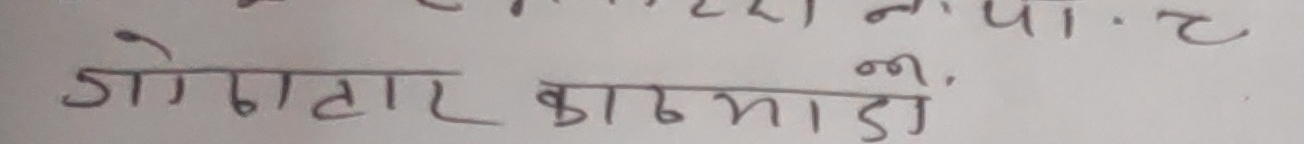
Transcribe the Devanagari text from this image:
गोगाटार काठमांडो